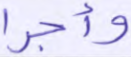
وأجرا